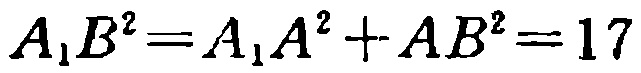
\(A_{1}B^{2}=A_{1}A^{2}+AB^{2}=17\)